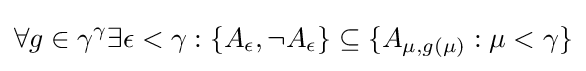
\forall g\in \gamma ^{\gamma }\exists \epsilon <\gamma :\{A_{\epsilon },\neg A_{\epsilon }\}\subseteq \{A_{\mu ,g(\mu )}:\mu <\gamma \}